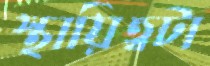
স্থায়িত্বটা